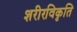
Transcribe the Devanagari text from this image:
शरीरविकृति